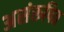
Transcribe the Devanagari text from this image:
असंरूपित